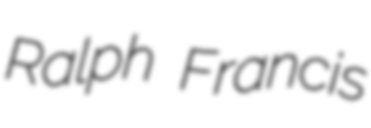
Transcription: Ralph Francis